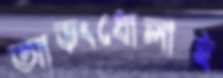
আড়ংধোলাই